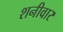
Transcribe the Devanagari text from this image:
शनीवार